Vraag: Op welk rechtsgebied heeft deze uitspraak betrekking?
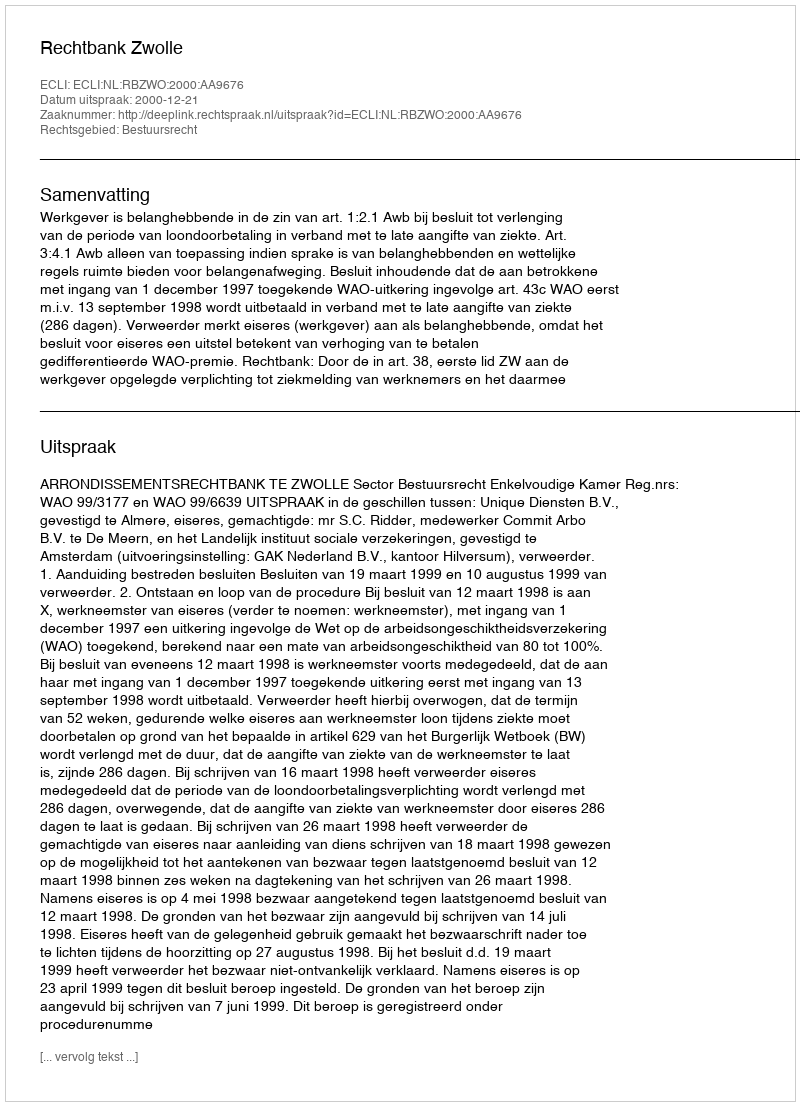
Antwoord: Bestuursrecht